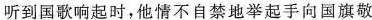
听到国歌响起时，他情不自禁地举起手向国旗敬